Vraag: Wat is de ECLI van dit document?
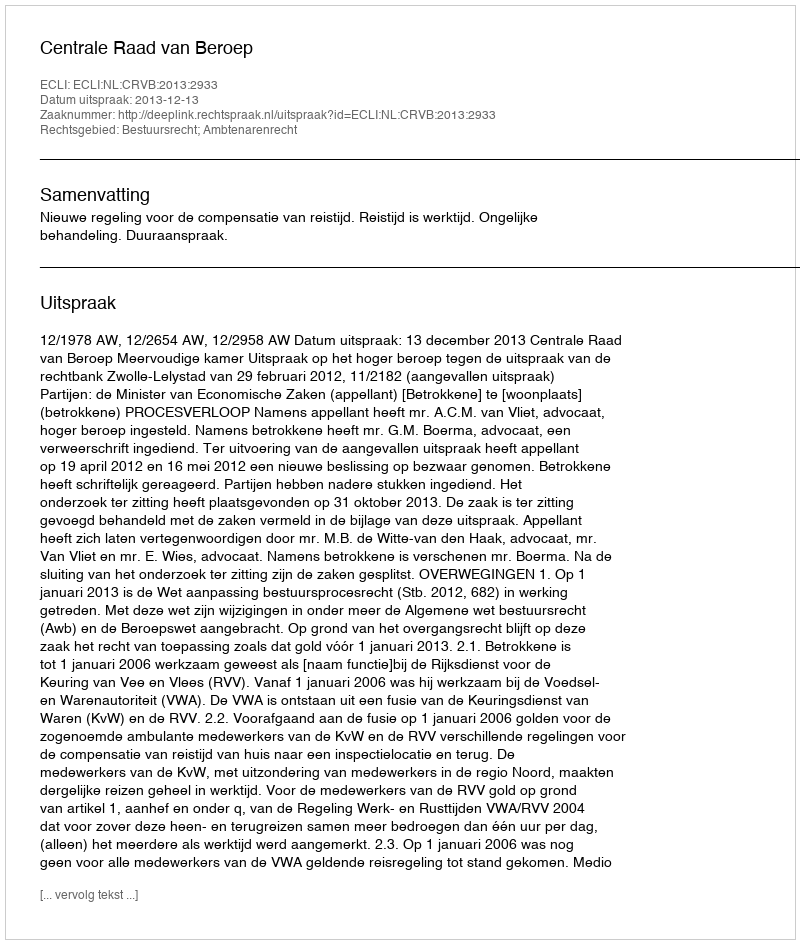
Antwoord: ECLI:NL:CRVB:2013:2933